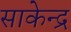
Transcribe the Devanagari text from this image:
साकेन्द्र